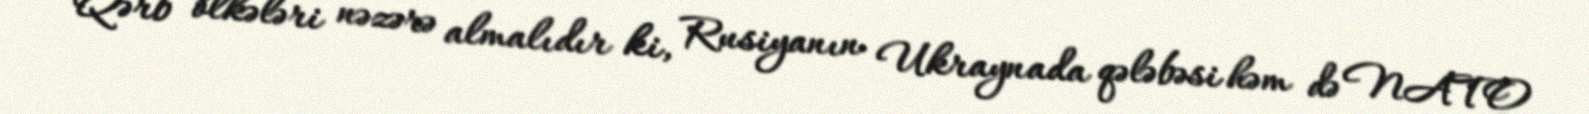
“Qərb ölkələri nəzərə almalıdır ki, Rusiyanın Ukraynada qələbəsi həm də NATO